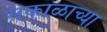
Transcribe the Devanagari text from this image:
सकाळाच्या